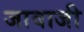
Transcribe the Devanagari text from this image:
जावाजी